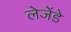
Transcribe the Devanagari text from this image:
लेजेंडे